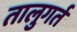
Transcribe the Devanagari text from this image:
तालुगर्त